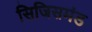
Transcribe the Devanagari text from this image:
सिजिसमंड